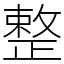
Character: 整